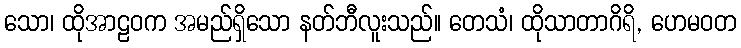
သော၊ ထိုအာဠဝက အမည်ရှိသော နတ်ဘီလူးသည်။ တေသံ၊ ထိုသာတာဂိရိ, ဟေမဝတ